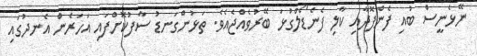
ނޭޅެނީސް ބުއި ފެންފޮދާއި ކާލި ފެނެޑޯލްގުޅަ ބޭރުވެއްޖެއެވެ. ތަޅުންގަނޑު ސާފުކޮށްފައި އަހަރެން އެނދުގައި